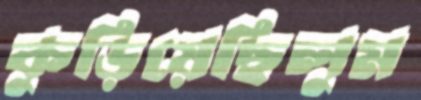
কুড়িয়েছিলুম